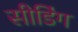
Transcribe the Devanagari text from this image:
सीडिंग